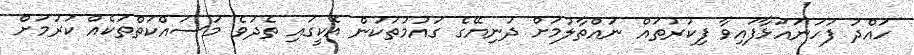
ހައްދު ފަހަނައަޅާފައިވާ ފިކުރުތައް ނައްތާލުމަށް ދުނިޔޭގެ ގައުމުތަކުން އެކީގައި ތެދުވެ މަސައްކަތްތަކެއް ކުރުމަށް